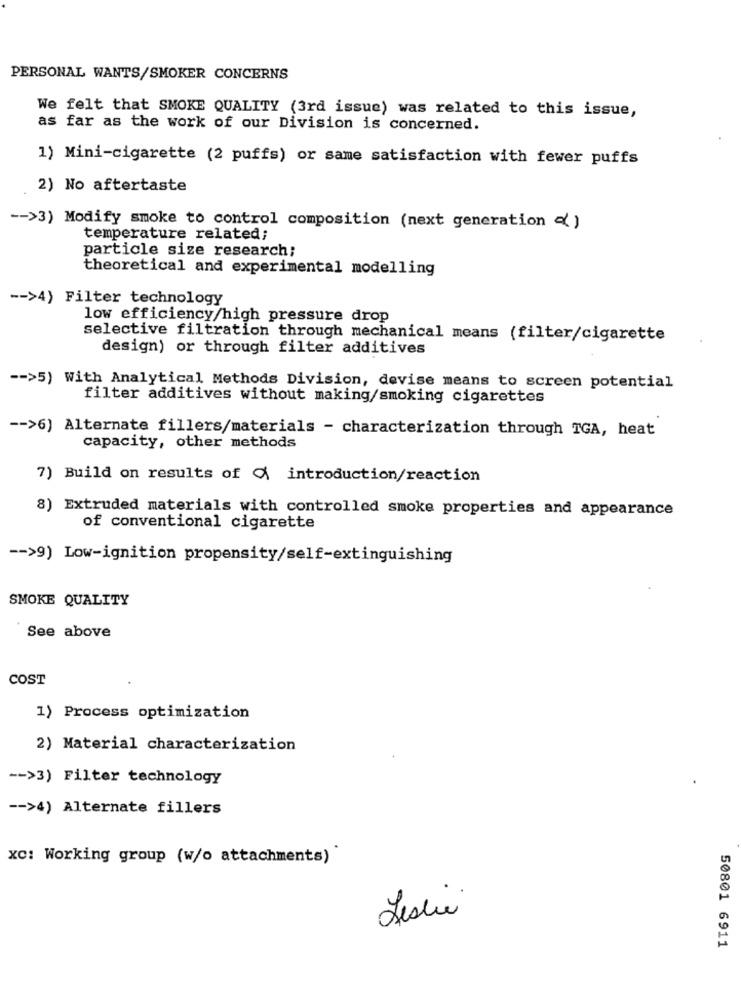
PERSONAL WANTS/SMOKER CONCERNS
We felt that SMOKE QUALITY (3rd issue) was related to this issue,
as far as the work of our Division is concerned.
1) Mini-cigarette (2 puffs) or same satisfaction with fewer puffs
2) No aftertaste
-- >3) Modify smoke to control composition (next generation < )
temperature related;
particle size research;
theoretical and experimental modelling
-- >4) Filter technology
low efficiency/high pressure drop
selective filtration through mechanical means (filter/cigarette
design) or through filter additives
-- >5) With Analytical Methods Division, devise means to screen potential
filter additives without making/smoking cigarettes
-- >6) Alternate fillers/materials - characterization through TGA, heat
capacity, other methods
7) Build on results of Q introduction/reaction
8) Extruded materials with controlled smoke properties and appearance
of conventional cigarette
-- >9) Low-ignition propensity/self-extinguishing
SMOKE QUALITY
See above
COST
1) Process optimization
2) Material characterization
-- >3) Filter technology
-- >4) Alternate fillers
xc: Working group (w/o attachments)
Leslie
50801 6911